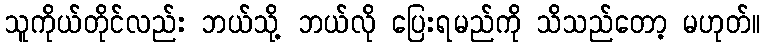
သူကိုယ်တိုင်လည်း ဘယ်သို့ ဘယ်လို ပြေးရမည်ကို သိသည်တော့ မဟုတ်။